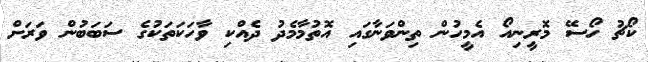
ކޯޗު ހޯސޭ މޮރީނިއޯ އެމީހުން ތިންވަނާގައި އޮތުމާމެދު ދެެއްކި ވާހަކަތަކުގެ ސަބަބުން ވަރަށް